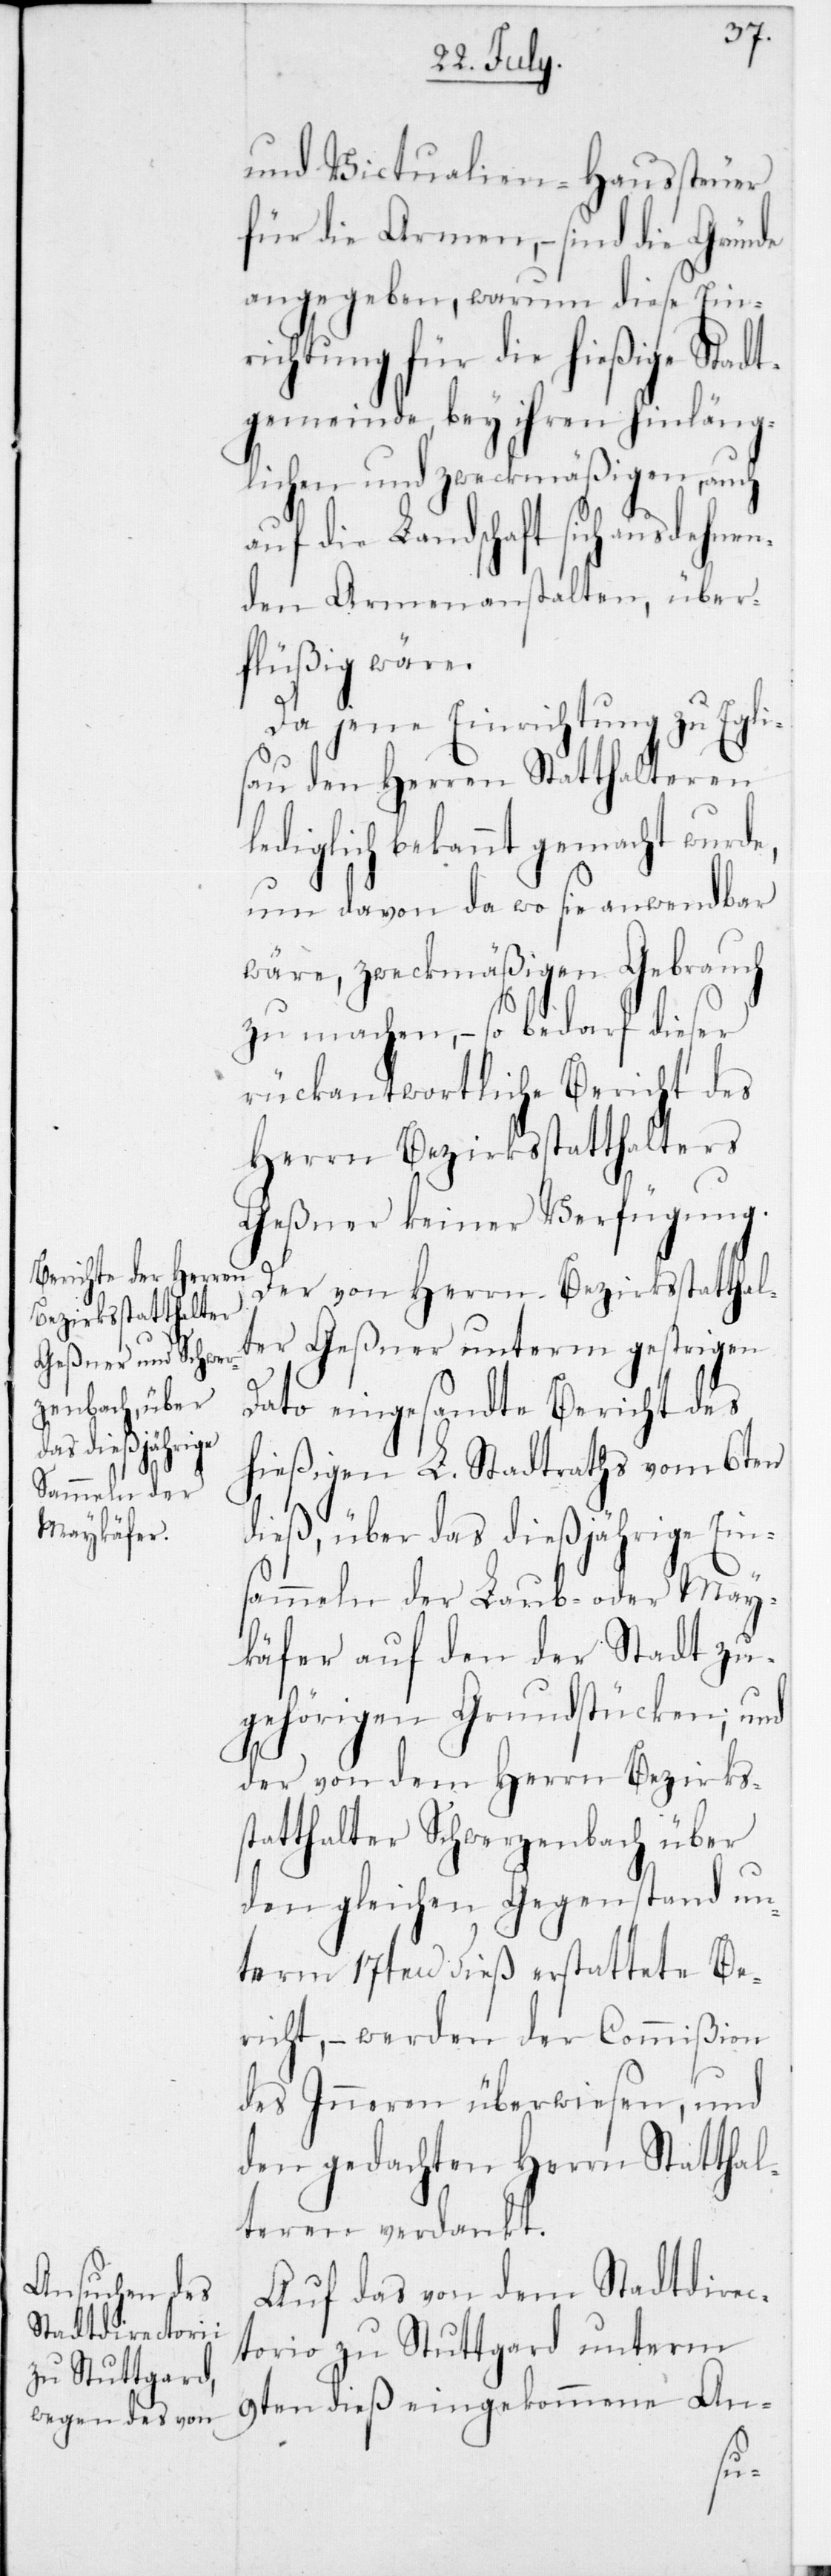
und Victualien-Haussteuer
für die Armen, – sind die Gründe
angegeben, warum diese Ein¬
richtung für die hießige Stad¬
tgemeinde, bey ihren hinläng¬
lichen und zweckmäßigen, auch
auf die Landschaft sich ausdehnen¬
den Armenanstalten, über¬
flüßig wäre.
Da jene Einrichtung zu Egli¬
sau den Herren Statthalteren
lediglich bekannt gemacht wurde,
um davon da wo sie anwendbar
wäre, zweckmäßigen Gebrauch
zu machen, – so bedarf dieser
rückantwortliche Bericht des
Herrn Bezirksstatthalters
Geßner keiner Verfügung.
Der von Herrn Bezirksstatthal¬
ter Geßner unterm gestrigen
Dato eingesandte Bericht des
hießigen L. Stadtraths vom 6ten
dieß, über das dießjährige Ein¬
sammeln der Laub- oder May¬
käfer auf den der Stadt zu¬
gehörigen Grundstücken; und
der von dem Herrn Bezirks¬
statthalter Schwerzenbach über
den gleichen Gegenstand un¬
term 17ten dieß erstattete Be¬
richt, – werden der Commißion
des Inneren überwiesen, und
den gedachten Herrn Statthal¬
teren verdankt.
Auf das von dem Stadtdirec¬
torio zu Stuttgard unterm
9ten dieß eingekommene An-